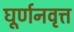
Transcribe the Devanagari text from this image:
घूर्णनवृत्त